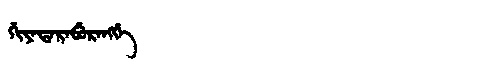
Manchu: ᡤᡳᠶᠠᡨᠠᡵᠠᠪᡠᡵᠠᠩᡤᡝ
Romanization: GIYATARABURANGGE